Vaccine operations Central Provinces 1900-1911 - 1900-1911
Year: 1900
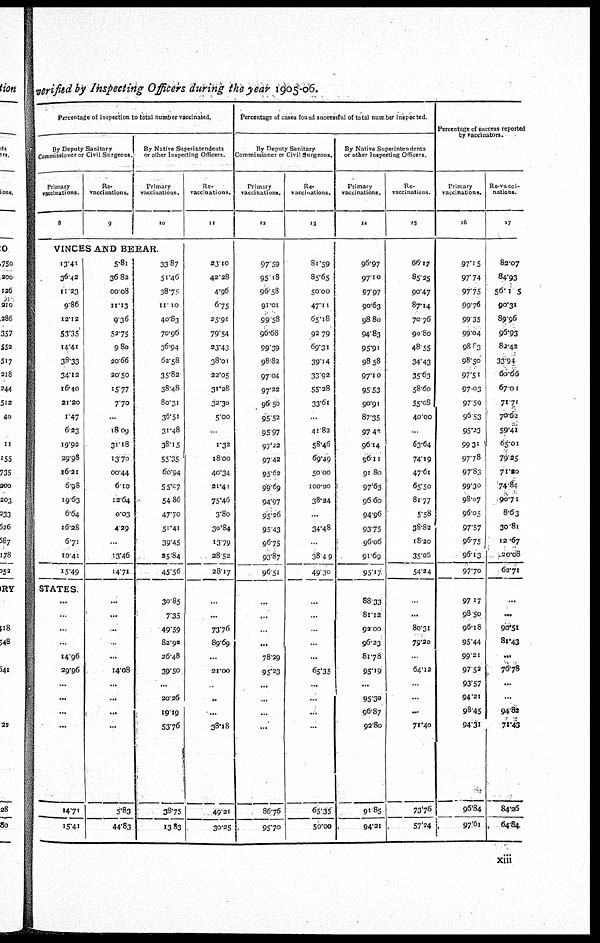
verifed by Inspecting Officers during the year 1905-06.
Percentage of Inspection to total number vaccinated.
By Deputy Sanitary
Commissioner or Civil Surgeons.
Primary
vaccinations.
8
Re-
vaccinations.
9
By Native Superintendents
or other Inspecting Officers.
Primary
vaccinations.
10
VINCES AND BERAR.
13.41
36.42
11.23
9.86
12.12
53.35
14.41
38.33
34.12
16.40
21.20
1.47
623
19.92
29.98
16.21
6.98
19.63
6.64
16.28
6.71
10.41
15.49
STATES.
...
...
...
...
14.96
29.96
...
...
...
...
14.71
15.41
5.81
36.82
00.08
11.13
9.36
52.75
9.80
20.66
20.50
15.77
7.70
...
18.09
31.18
13.70
00.44
6.10
12.64
0.03
4.29
...
13.46
14.71
...
...
...
...
...
14.08
...
...
...
...
5.83
44.83
33.87
51.46
38.75
11.10
40.83
70.96
36.94
62.58
35.82
38.48
80.31
36.51
31.48
38.15
55.35
60.94
55.07
54.86
47.70
51.41
39.45
25.84
45.56
30.85
7.35
49.59
82.92
26.48
39.50
...
20.26
19.19
53.76
38.75
13.83
Re-
vaccinations.
11
23.10
42.28
4.96
6.75
25.91
79.54
23.43
38.01
22.05
31.28
32.30
5.00
...
1.32
18.00
40.34
21.41
75.46
3.80
30.84
13.79
28.52
28.17
...
...
73.76
89.69
...
21.00
..
...
...
38.18
49.21
30.25
Percentage of cases found successful of total number inspected.
By Deputy Sanitary
Commissioner or Civil Surgeons.
Primary
vaccinations.
12
97.59
95.18
96.58
91.01
99.58
96.68
99.39
98.82
97.04
97.32
96.50
95.52
95.97
97.22
97.42
95.62
99.69
94.97
95.26
95.43
96.79
93.87
96.51
...
...
...
...
78.29
95.23
...
...
...
...
86.76
95.70
Re-
vaccinations.
13
81.59
85.65
50.00
47.11
65.18
92.79
69.31
39.14
33.92
55.28
33.61
...
41.82
58.46
69.49
50.00
100.00
38.24
...
34.48
...
38.49
49.30
...
...
...
...
...
65.35
...
...
...
...
65.35
50.00
By Native Superintendents
or other Inspecting Officers.
Primary
vaccinations.
14
96.97
97.10
97.97
90.63
98.80
94.83
95.91
98.58
97.10
95.53
90.91
87.35
97.43
96.14
96.11
91.80
97.63
96.60
94.96
93.75
96.06
91.69
95.17
88.33
81.12
92.00
96.23
81.78
95.19
...
95.30
96.87
92.80
91.85
94.21
Re-
vaccinations
15
66.17
85.25
90.47
87.14
70.76
90.80
48.55
34.43
35.63
58.60
55.08
40.00
...
63.64
74.19
47.61
65.50
81.77
5.58
38.82
18.20
35.06
54.24
...
...
80.31
79.20
...
64.12
...
...
...
71.40
73.76
57.24
Percentage of success reported
by vaccinators.
Primary
vaccinations.
16
97.15
97.74
97.75
99.76
99.35
99.04
98.83
98.50
97.51
97.03
97.59
96.53
95.23
99.31
97.78
97.83
99.30
98.07
96.05
97.57
96.72
96.13
97.70
97.17
98.50
96.18
95.44
99.21
97.52
93.57
94.21
98.45
94.31
96.84
97.61
Re-vacci-
nations.
17
82.07
84.93
56.15
90.31
89.96
96.93
82.42
33.94
60.66
67.01
71.71
70.62
59.41
65.01
79.25
71.20
74.84
90.71
8.63
30.81
12.67
20.08
62.71
...
...
90.51
81.43
...
76.78
...
...
94.82
71.43
84.26
64.84
xiii